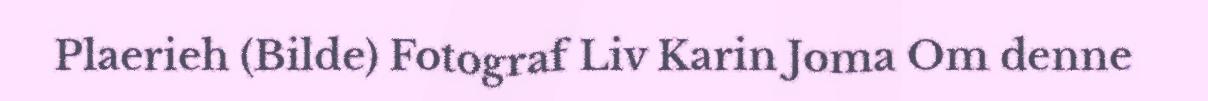
Plaerieh (Bilde) Fotograf Liv Karin Joma Om denne